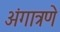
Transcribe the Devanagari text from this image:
अंगात्रणे